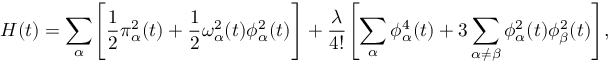
H ( t ) = \sum _ { \alpha } \Biggl [ \frac { 1 } { 2 } \pi _ { \alpha } ^ { 2 } ( t ) + \frac { 1 } { 2 } { \omega } _ { \alpha } ^ { 2 } ( t ) \phi _ { \alpha } ^ { 2 } ( t ) \Biggr ] + \frac { \lambda } { 4 ! } \Biggl [ \sum _ { \alpha } \phi _ { \alpha } ^ { 4 } ( t ) + 3 \sum _ { \alpha \neq \beta } \phi _ { \alpha } ^ { 2 } ( t ) \phi _ { \beta } ^ { 2 } ( t ) \Biggr ] ,